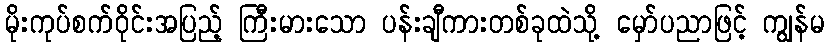
မိုးကုပ်စက်ဝိုင်းအပြည့် ကြီးမားသော ပန်းချီကားတစ်ခုထဲသို့ မှော်ပညာဖြင့် ကျွန်မ